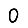
Digit: 0